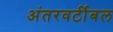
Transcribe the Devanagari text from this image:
अंतरवर्टीबल